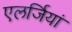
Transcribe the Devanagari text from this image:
एलर्जियां